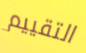
التقييم